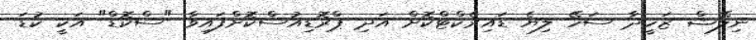
ނިލޭޝް ޒަހީދާ ސަހޭ ލިޔެ ޑައިރެކްޓްކޮށް އަދި ޕްރޮޑިއުސްކޮށްފައިވާ "ސްކޮޑް" އަކީ ކުޑަ